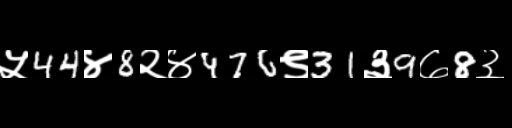
Text: ५44४8२४476९31३9७8३